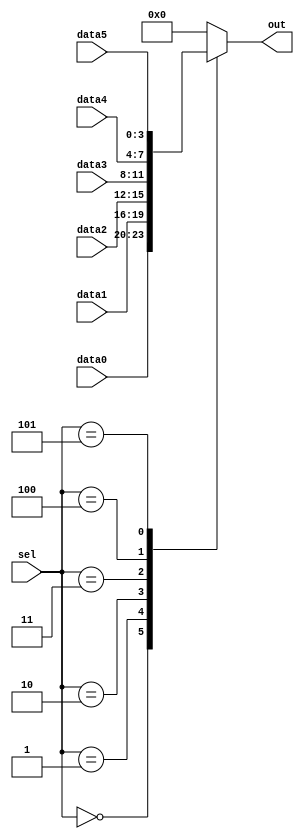
//////////////////////////////////////////////////
//'0 is a SystemVerilog feature File: /home/h/work/hdlbits.12665814/top_module.v
//

//////////////////////////////////////////////////

// synthesis verilog_input_version verilog_2001
module top_module ( 
    input [2:0] sel, 
    input [3:0] data0,
    input [3:0] data1,
    input [3:0] data2,
    input [3:0] data3,
    input [3:0] data4,
    input [3:0] data5,
    output reg [3:0] out   );//

always @(*) begin
    case (sel)
        3'h0:  out=data0;
        3'h1:  out=data1;
        3'h2:  out=data2;
        3'h3:  out=data3;
        3'h4:  out=data4;
        3'h5:  out=data5;
        default: out=3'h0;
    endcase
end

endmodule
//////////////////////////////////////////////////